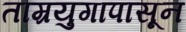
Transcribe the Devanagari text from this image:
ताम्रयुगापासून